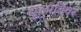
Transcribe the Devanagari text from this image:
धुल्पतिवर